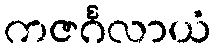
ကဇင်္ဂလာယံ